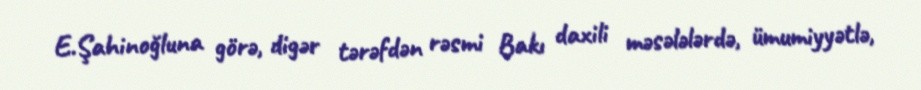
E.Şahinoğluna görə, digər tərəfdən rəsmi Bakı daxili məsələlərdə, ümumiyyətlə,